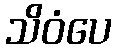
သိဝံပေ